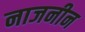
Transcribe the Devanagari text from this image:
नाजनीन